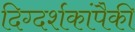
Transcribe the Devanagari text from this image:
दिग्दर्शकांपैकी